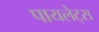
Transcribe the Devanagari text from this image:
पायलेट्स